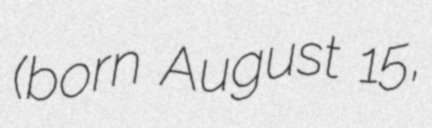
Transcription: (born August 15,